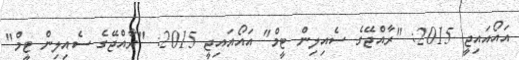
އައޯއައިޖީ 2015: "ރާއްޖޭގެ ސެއިލިން ޓީމް" އައޯއައިޖީ 2015: "ރާއްޖޭގެ ސެއިލިން ޓީމް"